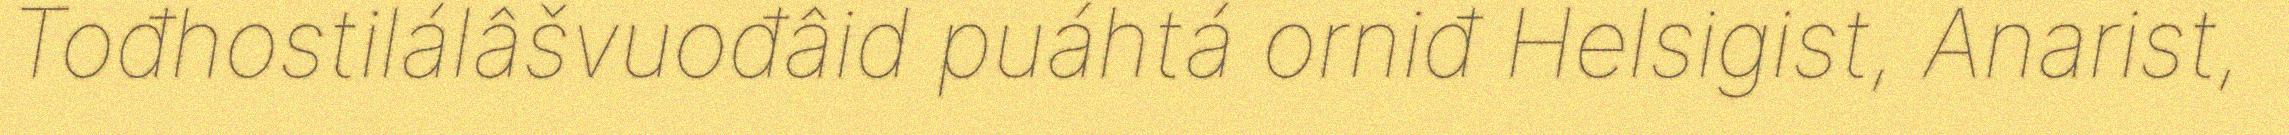
Tođhostilálâšvuođâid puáhtá orniđ Helsigist, Anarist,